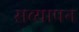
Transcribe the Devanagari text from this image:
सव्यापन